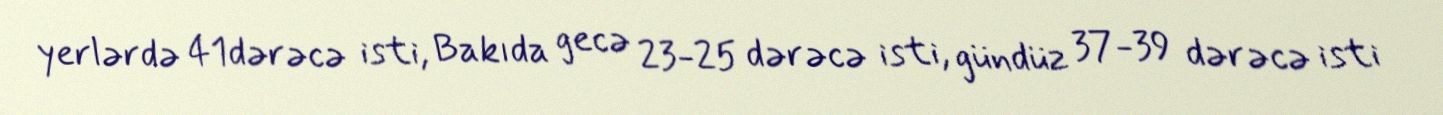
yerlərdə 41dərəcə isti, Bakıda gecə 23-25 dərəcə isti, gündüz 37-39 dərəcə isti